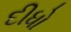
દીધો